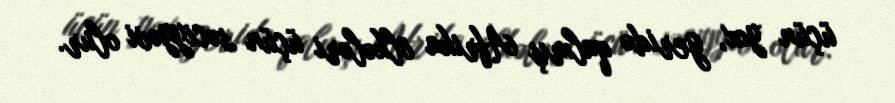
üçün yox, geridə qalmış Afrika ölkələri üçün səciyyəvi olur.